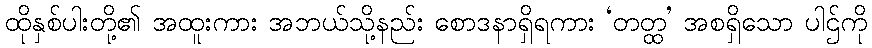
ထိုနှစ်ပါးတို့၏ အထူးကား အဘယ်သို့နည်း စောဒနာရှိရကား ‘တတ္ထ’ အစရှိသော ပါဌ်ကို